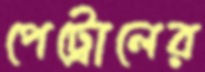
পেট্রোলের